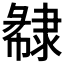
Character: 𨽽